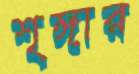
শৃঙ্গার